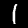
Digit: 1